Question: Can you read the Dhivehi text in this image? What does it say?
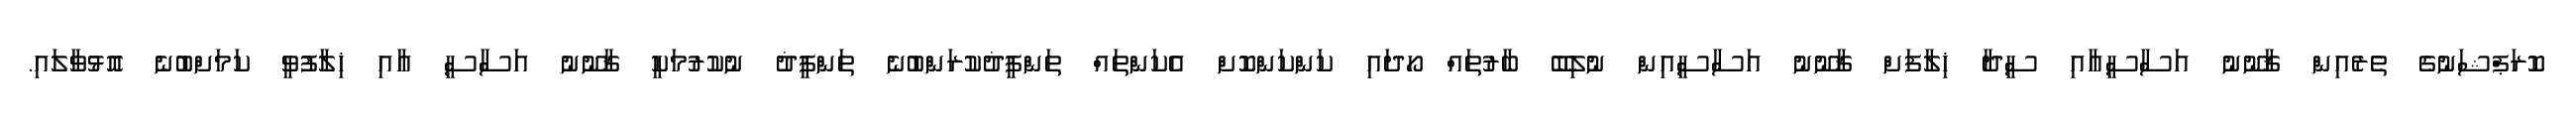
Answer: ކޮރަޕްޝަނުގެ ތެރެއިން ޤާނޫނު އަސާސީއާއި ސީދާ ޚިލާފަށް ޤާނޫނު އަސާސީއިން ނުލިބޭ ބާރުތައް ހޯދައި ކަންކަންކޮށް އެކަންތައް ތަންފީޛުކުރަންބުނެ ތަންފީޛު ނުކުރުމަކީ ޤާނޫނު އަސާސީ އާއި ޚިލާފުވީ ކަމަށްބުނެ އޮޅުވާލައި.